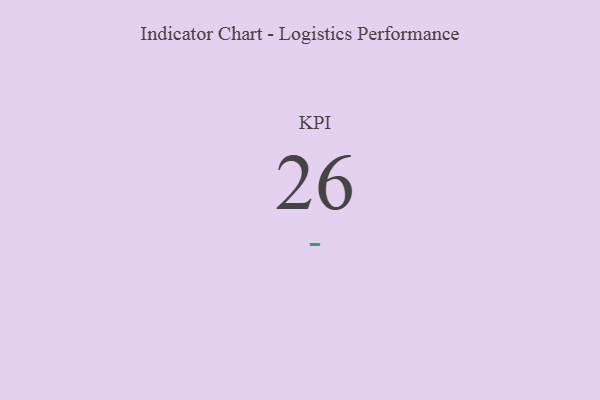
{"axis": {"x": "KPI", "y": "Value"}, "legend": [""], "data": [{"x": "KPI", "y": 26, "type": ""}]}